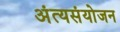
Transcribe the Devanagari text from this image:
अंत्यसंयोजन